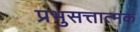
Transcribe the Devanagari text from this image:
प्रभुसत्तात्मक